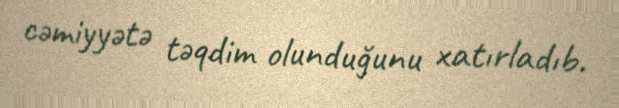
cəmiyyətə təqdim olunduğunu xatırladıb.